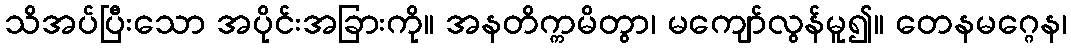
သိအပ်ပြီးသော အပိုင်းအခြားကို။ အနတိက္ကမိတွာ၊ မကျော်လွန်မူ၍။ တေနမဂ္ဂေန၊